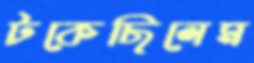
টকেছিলেম